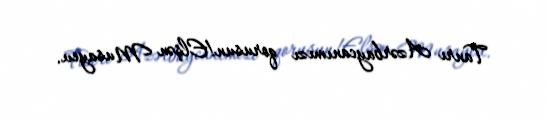
Tanrı Azərbaycanımızı qorusun!Elşən Musayev.